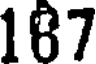
187